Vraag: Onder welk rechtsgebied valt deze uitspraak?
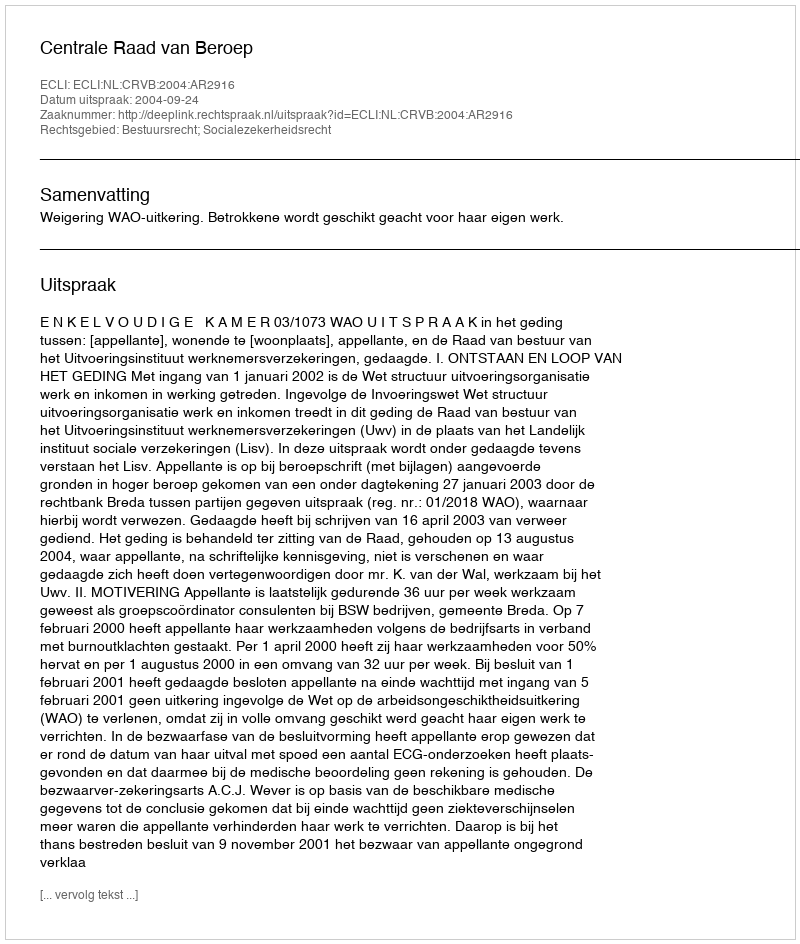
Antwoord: Bestuursrecht; Socialezekerheidsrecht